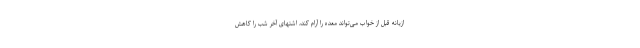
ازیانه قبل از خواب می‌تواند معده را آرام کند، اشتهای آخر شب را کاهش